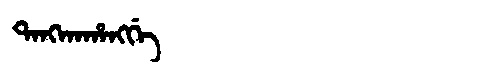
Manchu: ᡨᠠᠩᡴᠠᡥᠠᠩᡤᡝ
Romanization: TANGKAHANGGE